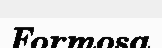
Formosa